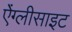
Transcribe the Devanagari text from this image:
ऐंग्लीसाइट